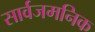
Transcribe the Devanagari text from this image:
सार्वजमनिक